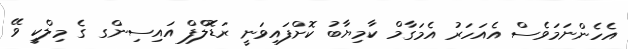
އެހެންނަމަވެސް އެއަހަރު އެމަގާމް ކާމިޔާބު ކޮށްފައިވަނީ ރަޑޮލްފް އައިސިންގ ގެ މިލްކީ ވޭ